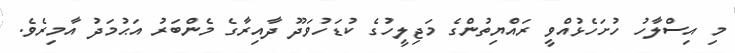
މި އިސްލާހު ހުށަހެޅުއްވީ ރައްޔިތުންގެ މަޖިލީހުގެ ކުޑަހުވަދޫ ދާއިރާގެ މެންބަރު އަޙުމަދު އާމިރެވެ.